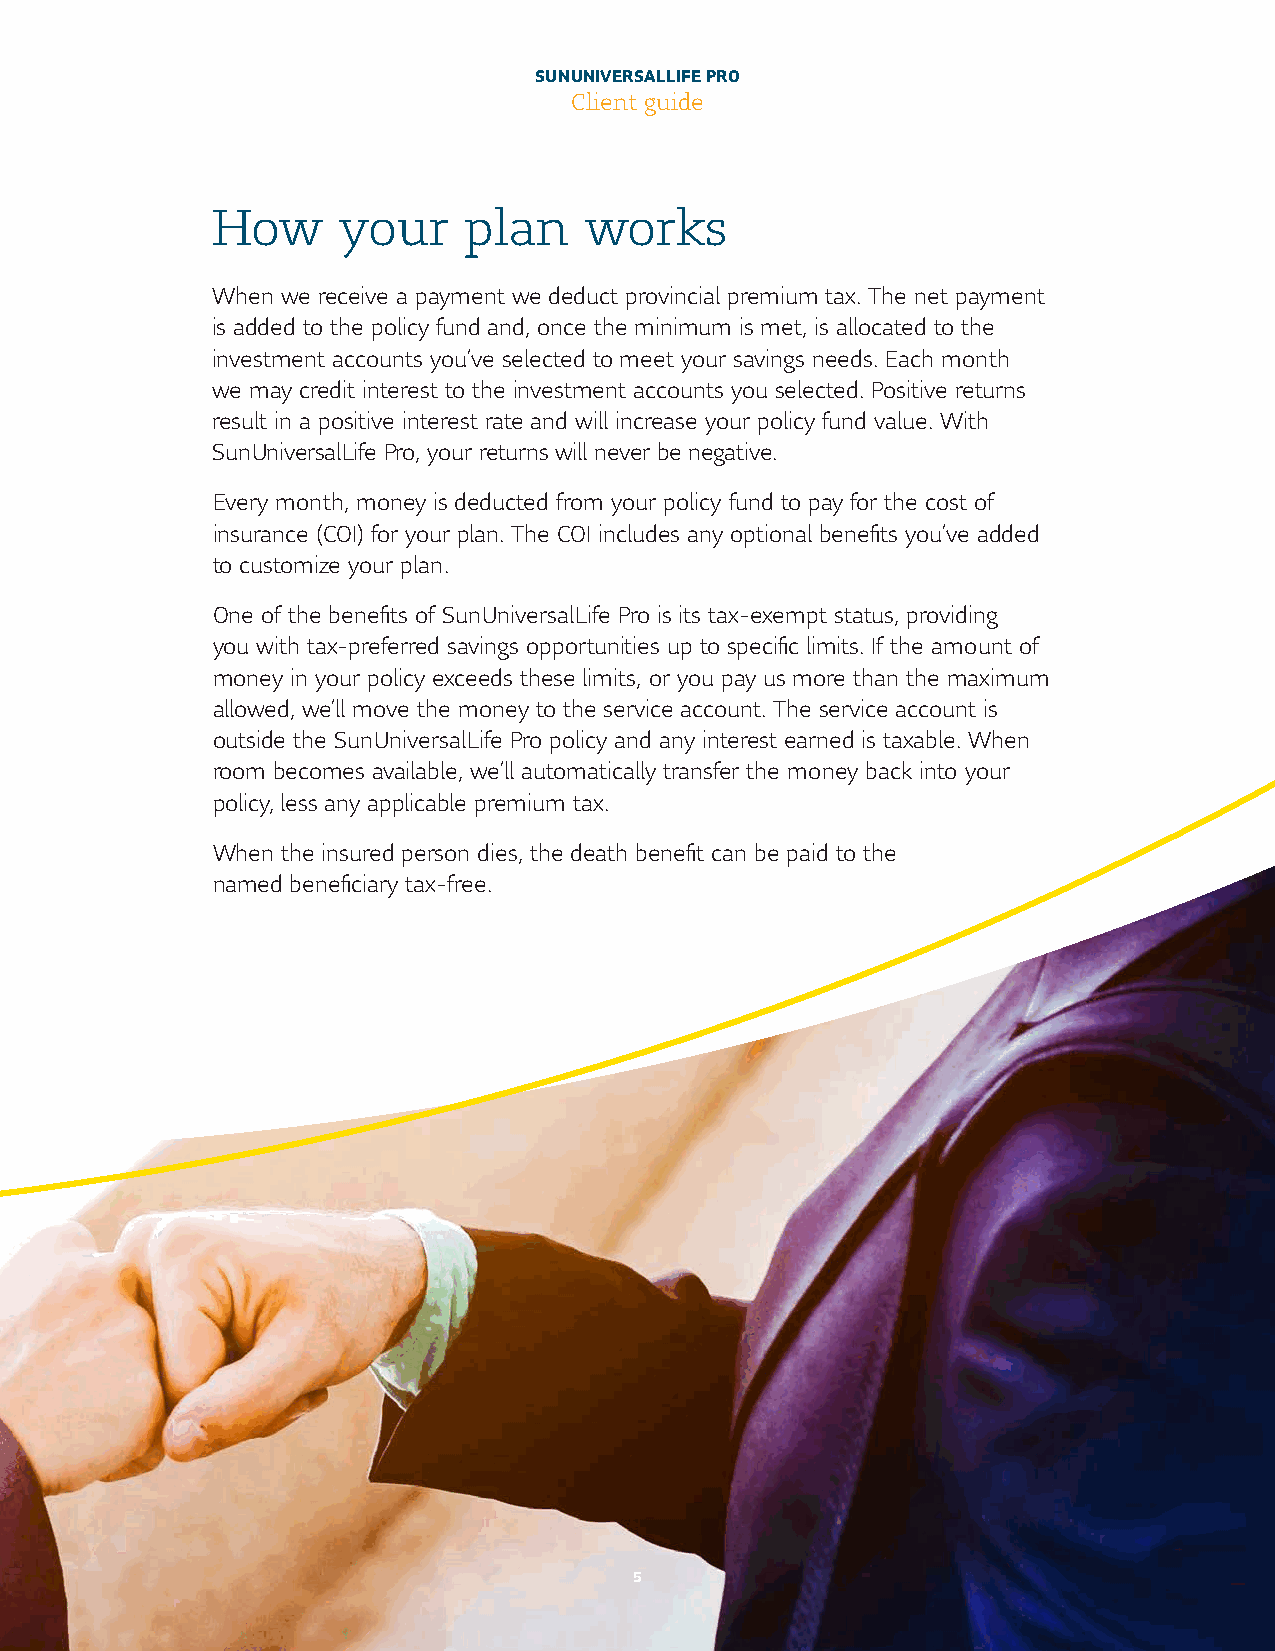
SUN UNIVERSAL LIFE PRO
 Client guide
 How     your     plan    works
 When we receive a payment we deduct provincial premium tax. The net payment
 is added to the policy fund and, once the minimum is met, is allocated to the
 investment accounts you’ve selected to meet your savings needs. Each month
 we may credit interest to the investment accounts you selected. Positive returns
 result in a positive interest rate and will increase your policy fund value. With
 Sun Universal Life Pro, your returns will never be negative.
 Every month, money is deducted from your policy fund to pay for the cost of
 insurance (COI) for your plan. The COI includes any optional benefits you’ve added
 to customize your plan.
 One of the benefits of Sun Universal Life Pro is its tax-exempt status, providing
 you with tax-preferred savings opportunities up to specific limits. If the amount of
 money in your policy exceeds these limits, or you pay us more than the maximum
 allowed, we’ll move the money to the service account. The service account is
 outside the Sun Universal Life Pro policy and any interest earned is taxable. When
 room becomes available, we’ll automatically transfer the money back into your
 policy, less any applicable premium tax.
 When the insured person dies, the death benefit can be paid to the
 named beneficiary tax-free.
 5